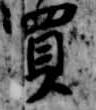
買